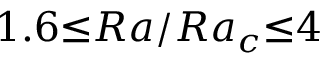
1 . 6 { \le } R a / R a _ { c } { \le } 4